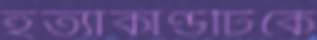
হত্যাকাণ্ডটিকে